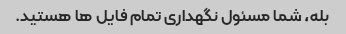
بله، شما مسئول نگهداری تمام فایل ها هستید.